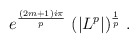
\begin{align*}e^{\frac{(2m+1)i\pi}{p}}\ (|L^p|)^{\frac{1}{p}}\ .\end{align*}